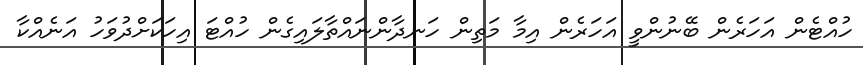
ހުއްޓެން އަހަރެން ބޭނުންވީ އަހަރެން އިމާ މަތިން ހަނދާންނައްތާލައިގެން ހުއްޓަ އިހަކަށްދުވަހު އަނެއްކާ